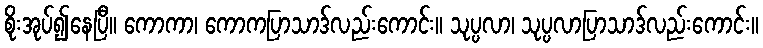
စိုးအုပ်၍နေပြီ။ ကောကာ၊ ကောကပြာသာဒ်လည်းကောင်း။ သုပ္ပလာ၊ သုပ္ပလာပြာသာဒ်လည်းကောင်း။